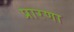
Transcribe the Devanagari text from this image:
प्रारणा